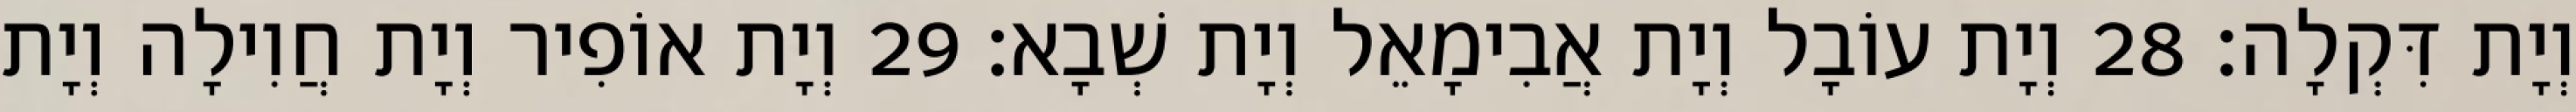
וְיָת דִּקְלָה׃ 28 וְיָת עוֹבָל וְיָת אֲבִימָאֵל וְיָת שְׁבָא׃ 29 וְיָת אוֹפִיר וְיָת חֲוִילָה וְיָת